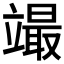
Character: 𥪳